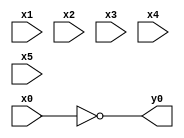
module top( x0 , x1 , x2 , x3 , x4 , x5 , y0 );
  input x0 , x1 , x2 , x3 , x4 , x5 ;
  output y0 ;
  assign y0 = ~x0 ;
endmodule